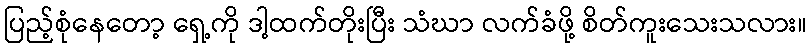
ပြည့်စုံနေတော့ ရှေ့ကို ဒါ့ထက်တိုးပြီး သံဃာ လက်ခံဖို့ စိတ်ကူးသေးသလား။